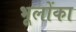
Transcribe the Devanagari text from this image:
भूलोंका